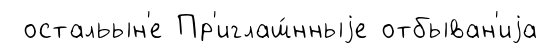
остальын'е Пр'иглаш́нныjе отбыван'иjа